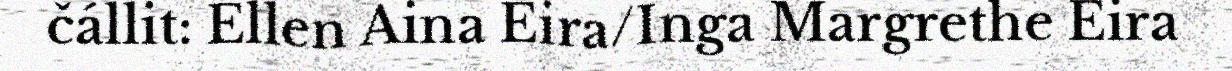
čállit: Ellen Aina Eira/Inga Margrethe Eira